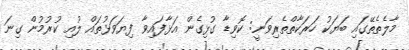
މާލެތެތޭގައި ބަޔަކު ހަރަކާތްތެރިވަނީ: ކޮވިޑާ ގުޅިގެން އަޅާފައިވާ ފިޔަވަޅުތައް ލުއި ކުރުމުން ގިނަ